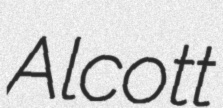
Alcott